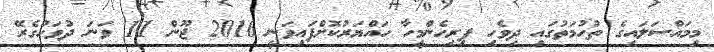
މިމައްސަލައިގެ ތުހުމަތުގައި ދިވެހި ފިރިހެންމީހާ ހައްޔަރުކޮށްފައިވަނީ 2016 ޖޫން 11 ވަނަ ދުވަހުގެރޭ